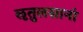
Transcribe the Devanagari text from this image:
लृतुलसानां